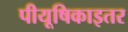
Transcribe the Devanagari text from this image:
पीयूषिकाइतर